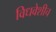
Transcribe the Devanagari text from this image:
विधवेशीच